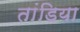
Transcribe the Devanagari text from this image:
तांडिया